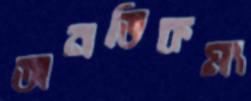
অনতিকম্য